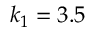
k _ { 1 } = 3 . 5